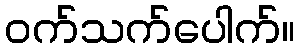
ဝက်သက်ပေါက်။